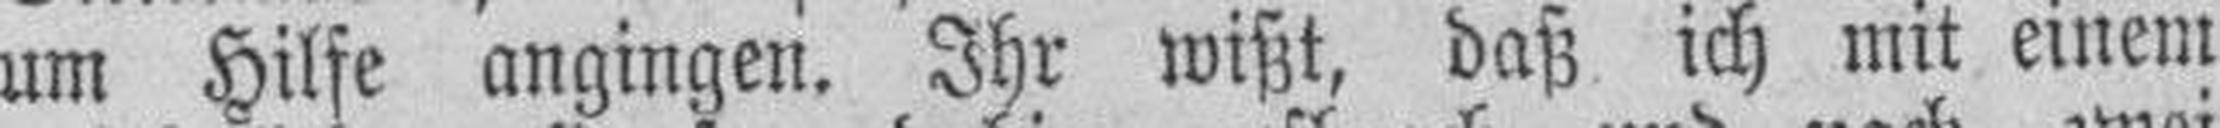
um Hilfe angingen. Ihr wißt, daß ich mit einem